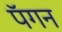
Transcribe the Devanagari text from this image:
पॅगन